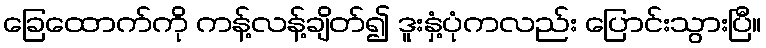
ခြေထောက်ကို ကန့်လန့်ချိတ်၍ ဒူးနှံ့ပုံကလည်း ပြောင်းသွားပြီ။